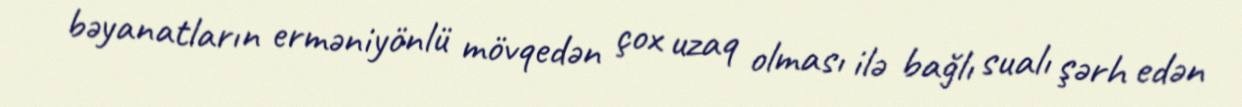
bəyanatların erməniyönlü mövqedən çox uzaq olması ilə bağlı sualı şərh edən